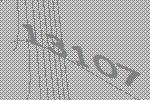
13107